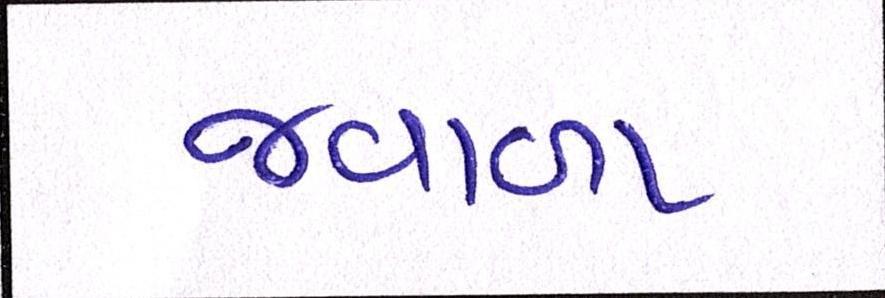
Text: જ્વાળા